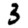
Digit: 3